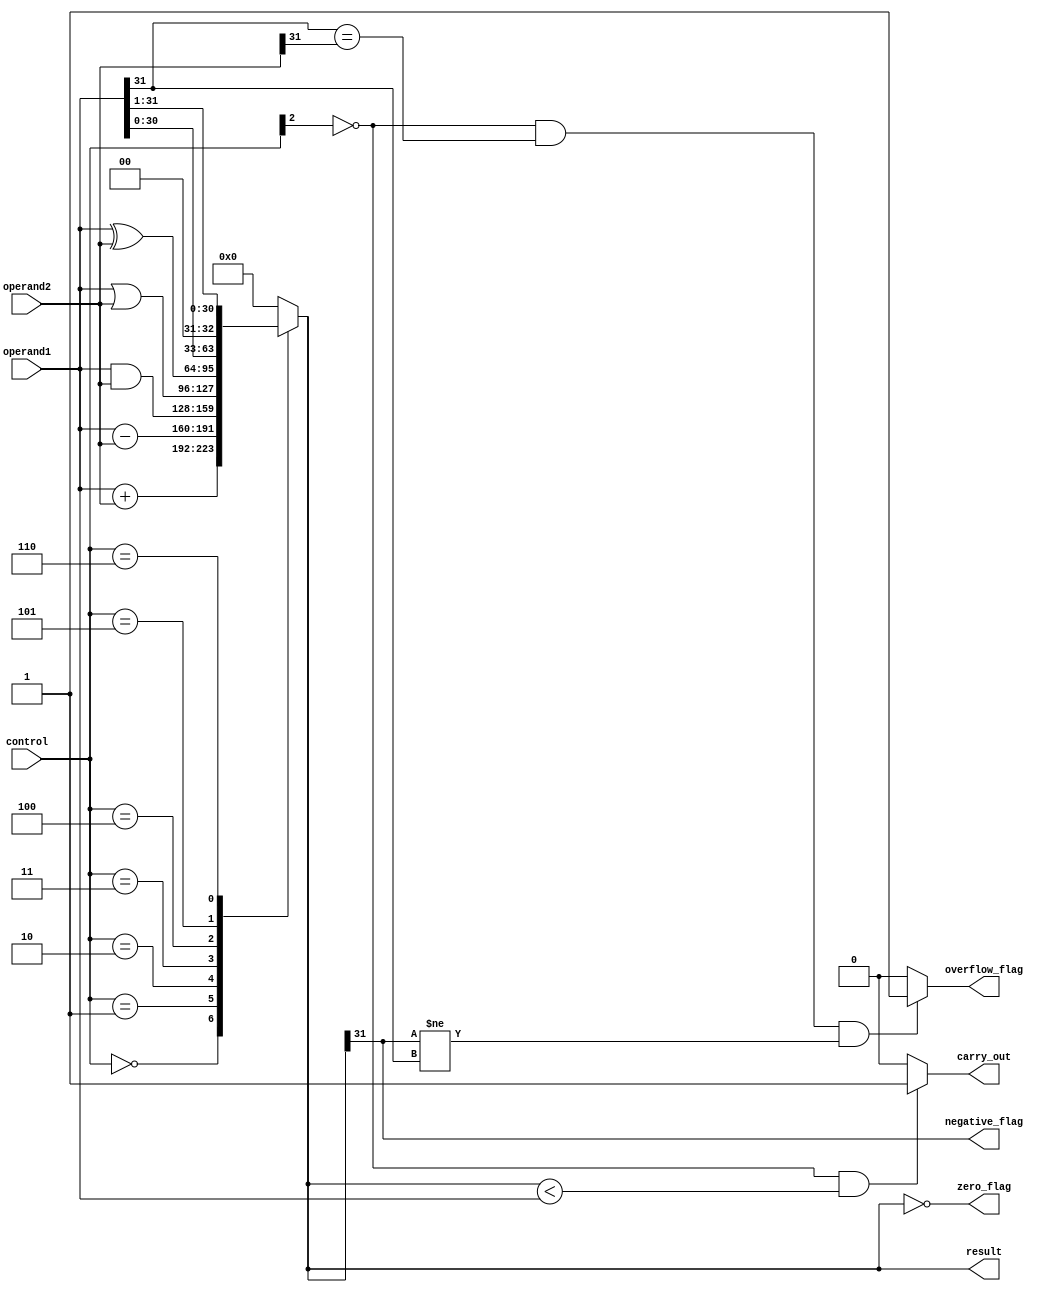
module ALU(
    input [31:0] operand1,
    input [31:0] operand2,
    input [2:0] control,
    output reg [31:0] result,
    output reg zero_flag,
    output reg negative_flag,
    output reg overflow_flag,
    output reg carry_out
);

reg [31:0] temp_result;
wire [31:0] carry_in;

assign carry_in = control[2] & carry_out;

always @(*) begin
    case(control)
        3'b000: temp_result = operand1 + operand2; // addition
        3'b001: temp_result = operand1 - operand2; // subtraction
        3'b010: temp_result = operand1 & operand2; // bitwise AND
        3'b011: temp_result = operand1 | operand2; // bitwise OR
        3'b100: temp_result = operand1 ^ operand2; // bitwise XOR
        3'b101: temp_result = operand1 << 1; // shift left
        3'b110: temp_result = operand1 >> 1; // shift right
        default: temp_result = 0;
    endcase
end

always @(*) begin
    result = temp_result;
    
    zero_flag = (result == 0);
    negative_flag = (result[31] == 1);
    
    // overflow flag for addition
    if(control[2] == 0 && operand1[31] == operand2[31] && result[31] != operand1[31]) begin
        overflow_flag = 1;
    end else begin
        overflow_flag = 0;
    end
    
    // carry out for addition
    if(control[2] == 0 && temp_result < operand1) begin
        carry_out = 1;
    end else begin
        carry_out = 0;
    end
end
endmodule